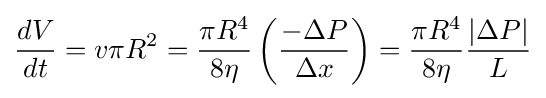
{\frac {dV}{dt}}=v\pi R^{2}={\frac {\pi R^{4}}{8\eta }}\left({\frac {-\Delta P}{\Delta x}}\right)={\frac {\pi R^{4}}{8\eta }}{\frac {|\Delta P|}{L}}